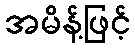
အမိန့်ဖြင့်